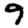
Digit: 9